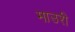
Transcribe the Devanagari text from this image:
माउरी